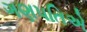
ગણપતિએ